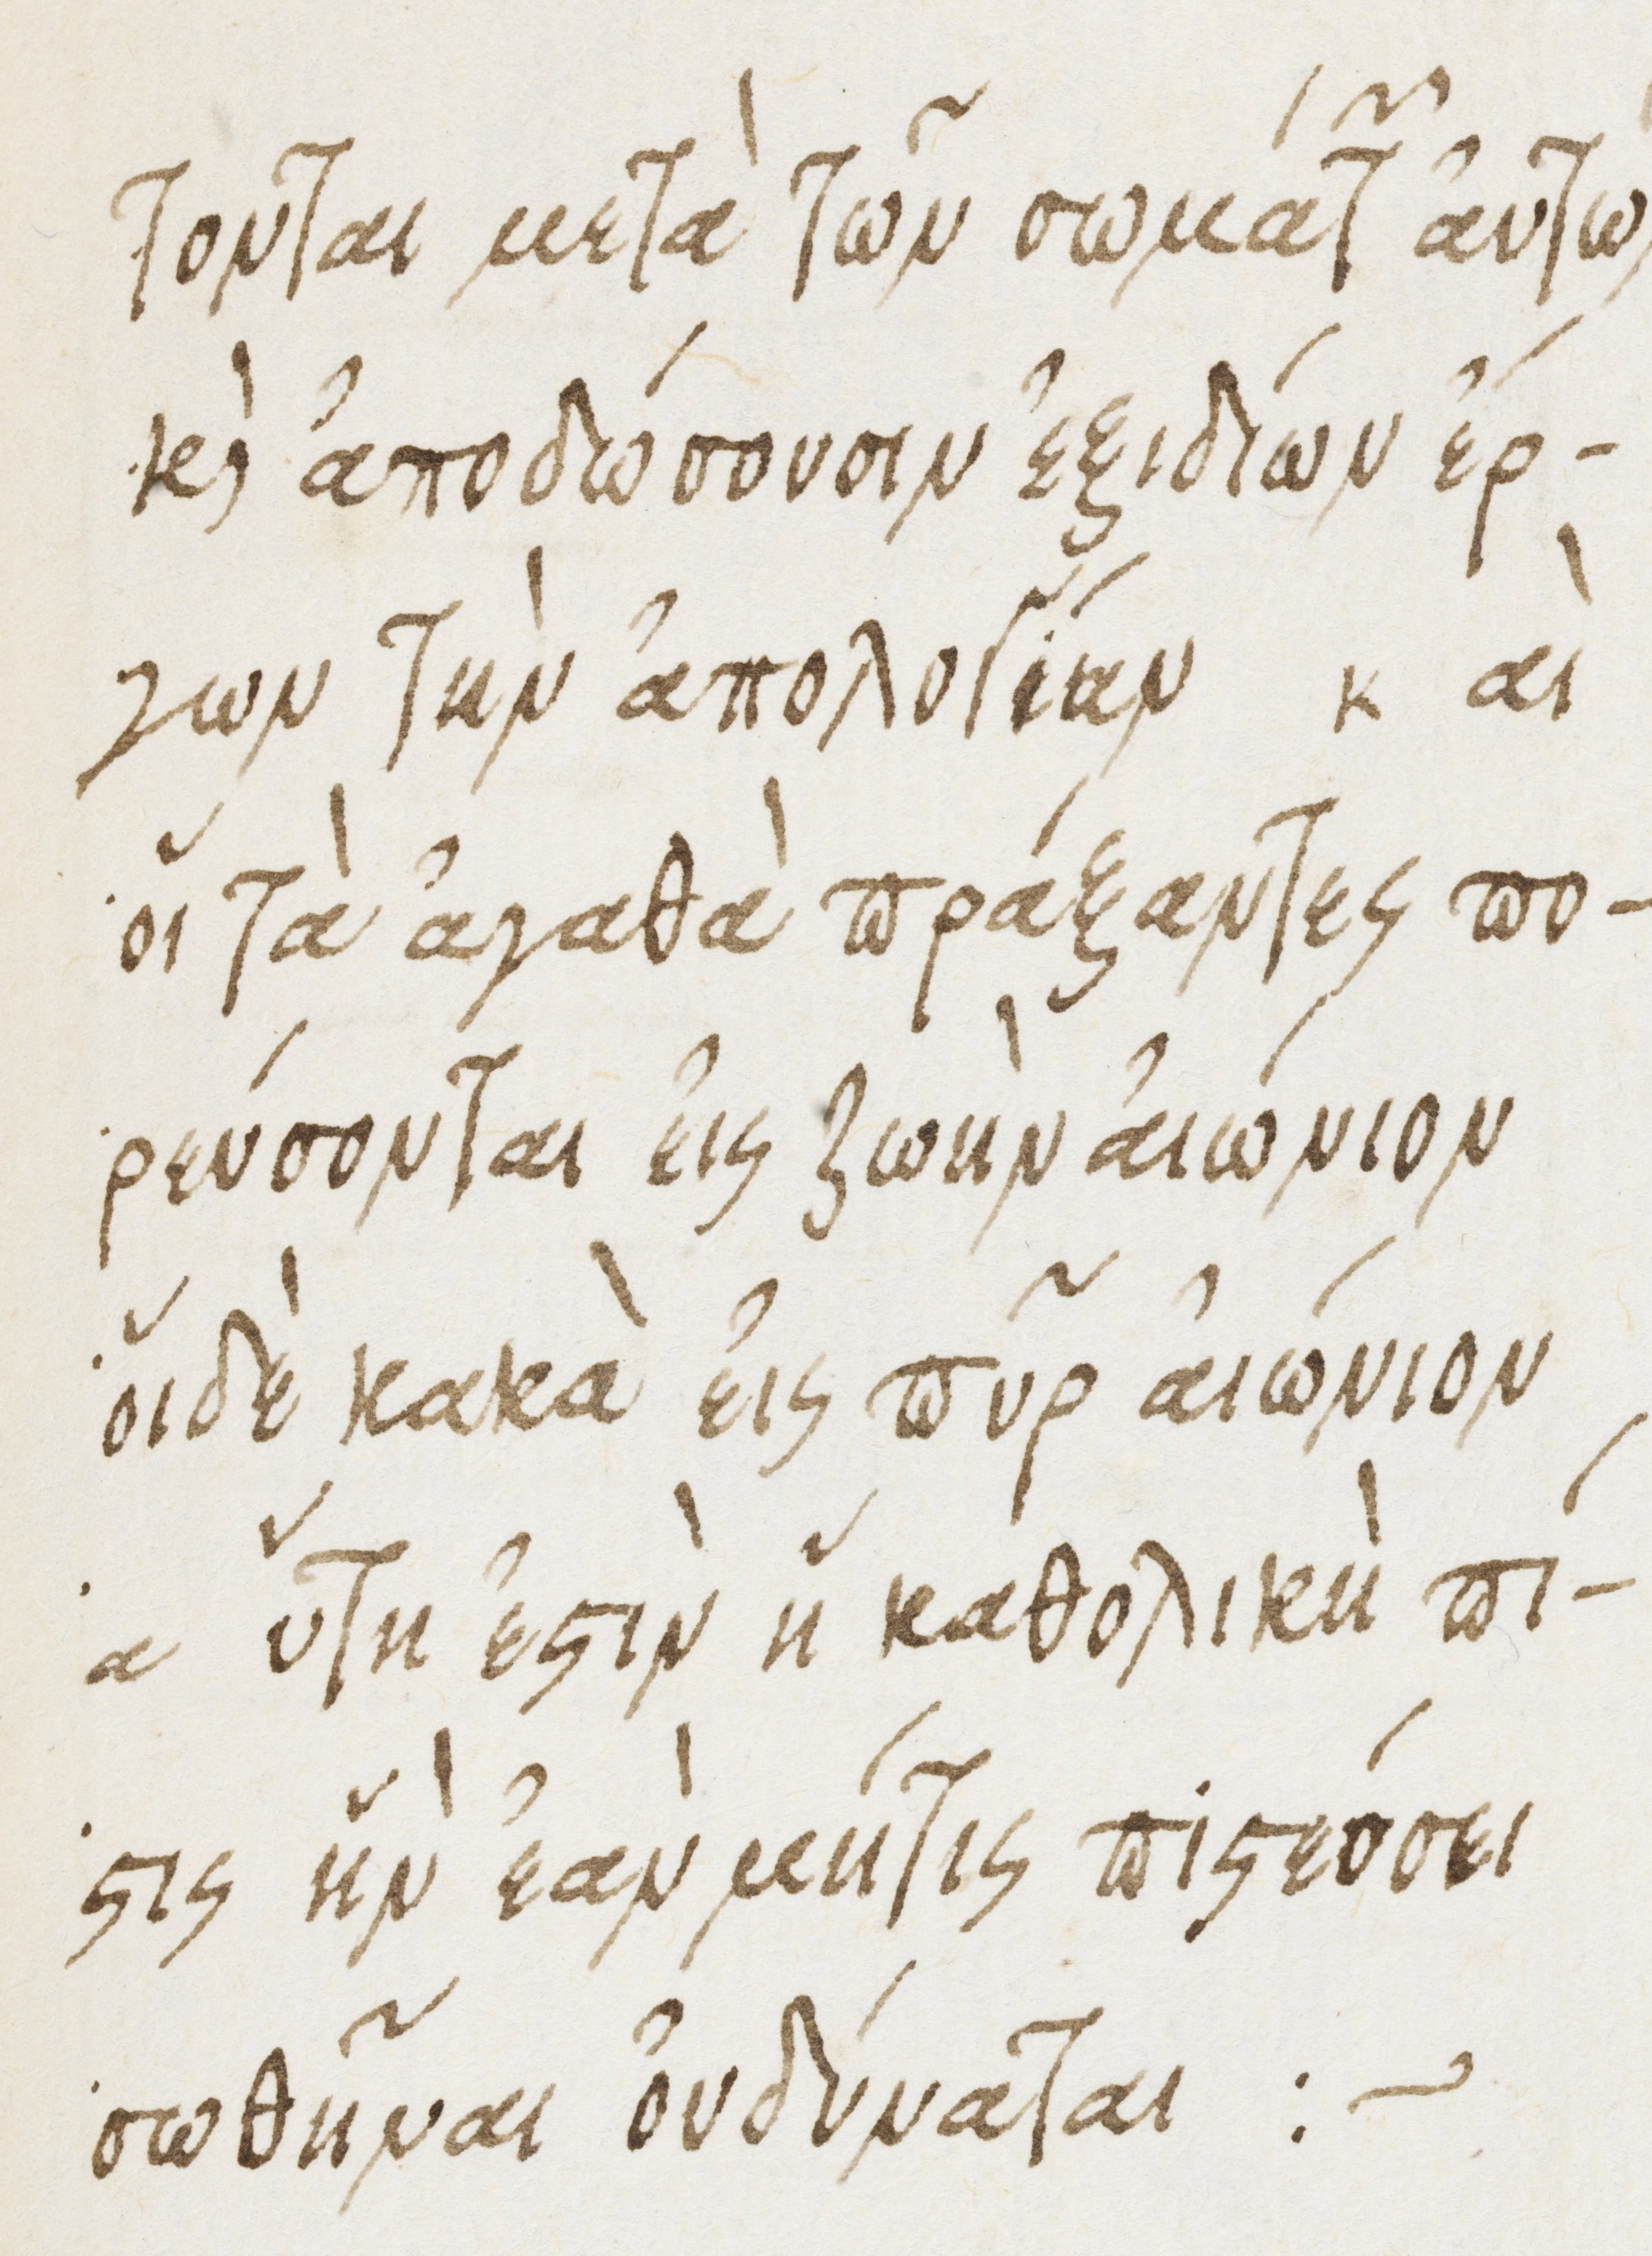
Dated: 1475–1499